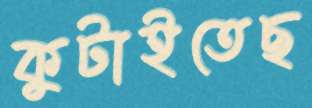
কুটাইতেছ